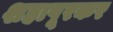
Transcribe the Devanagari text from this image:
शहापूरकर